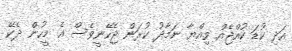
އަދި ކުޑަ ކުއްޖެއް ވިއްޔާ ނަމާދު ކުރަން ޖެހޭނީވެސް އެ މީހުން ދެކޭ